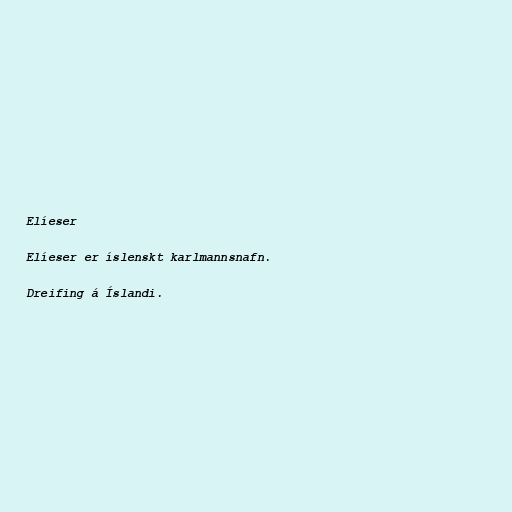
Elíeser

Elíeser er íslenskt karlmannsnafn.

Dreifing á Íslandi.